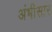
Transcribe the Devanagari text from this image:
अंभीसार